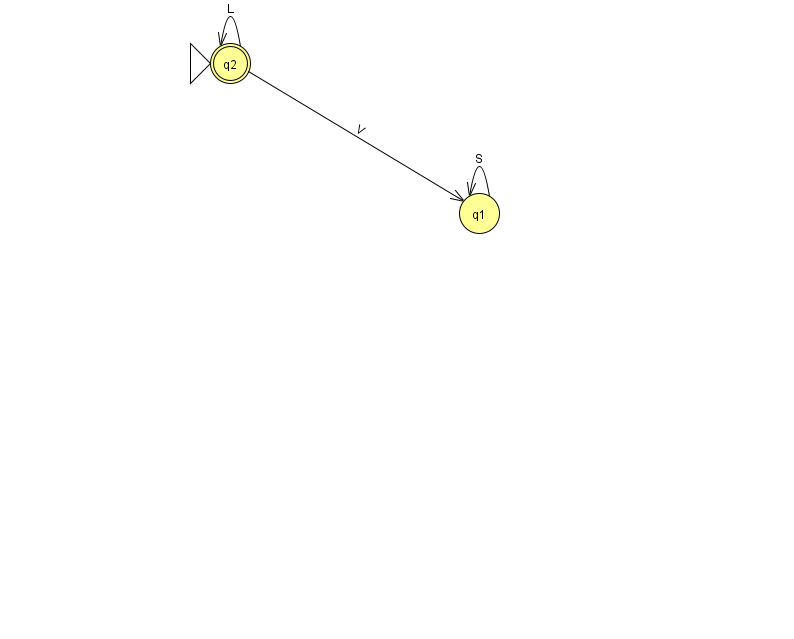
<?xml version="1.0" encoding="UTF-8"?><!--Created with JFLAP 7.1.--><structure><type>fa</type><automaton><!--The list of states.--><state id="1" name="q1"><x>479.0</x><y>200.0</y></state><state id="2" name="q2"><x>230.0</x><y>50.0</y><initial/><final/></state><!--The list of transitions.--><transition><from>1</from><to>1</to><read>S</read></transition><transition><from>2</from><to>1</to><read>V</read></transition><transition><from>2</from><to>2</to><read>L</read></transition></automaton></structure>